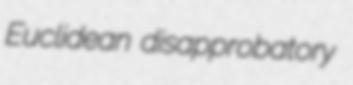
Euclidean disapprobatory